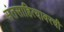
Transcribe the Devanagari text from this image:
संतसाहित्यावरची